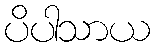
ပိပါသာယ